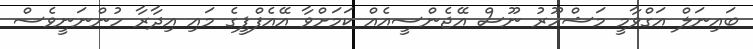
ބައިނަލް އަގްވާމީ މަޝްހޫރު ނޫސް އޭޖެންސީއެއް ކަމަށްވާ އޭއެފްޕީގެ މައި އިދާރާ ހުންނަނީވެސް